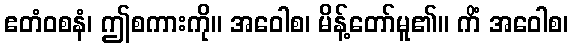
ဧတံဝစနံ၊ ဤစကားကို။ အဝေါစ၊ မိန့်တော်မူ၏။ ကိံ အဝေါစ၊